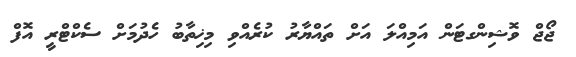
ޖޯޖް ވޮޝިންގޓަން އަމިއްލަ އަށް ތައްޔާރު ކުރެއްވި މިޚިތާބު ހެދުމަށް ސެކްޓްރީ އޮފް